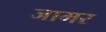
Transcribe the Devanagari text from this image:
जामर